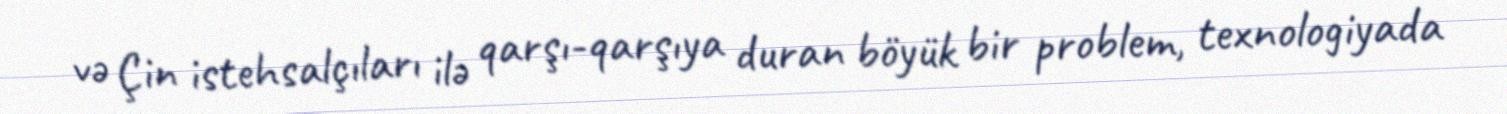
və Çin istehsalçıları ilə qarşı-qarşıya duran böyük bir problem, texnologiyada